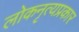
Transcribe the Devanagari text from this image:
लोकनृत्यप्रकार